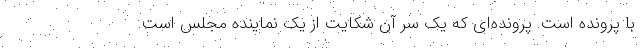
با پرونده است. پرونده‌ای که یک سر آن شکایت از یک نماینده مجلس است.